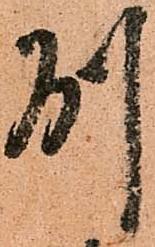
州